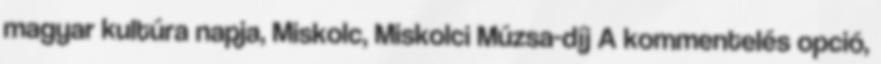
magyar kultúra napja, Miskolc, Miskolci Múzsa-díj A kommentelés opció,